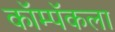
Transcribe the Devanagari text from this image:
कॉम्पॅकला